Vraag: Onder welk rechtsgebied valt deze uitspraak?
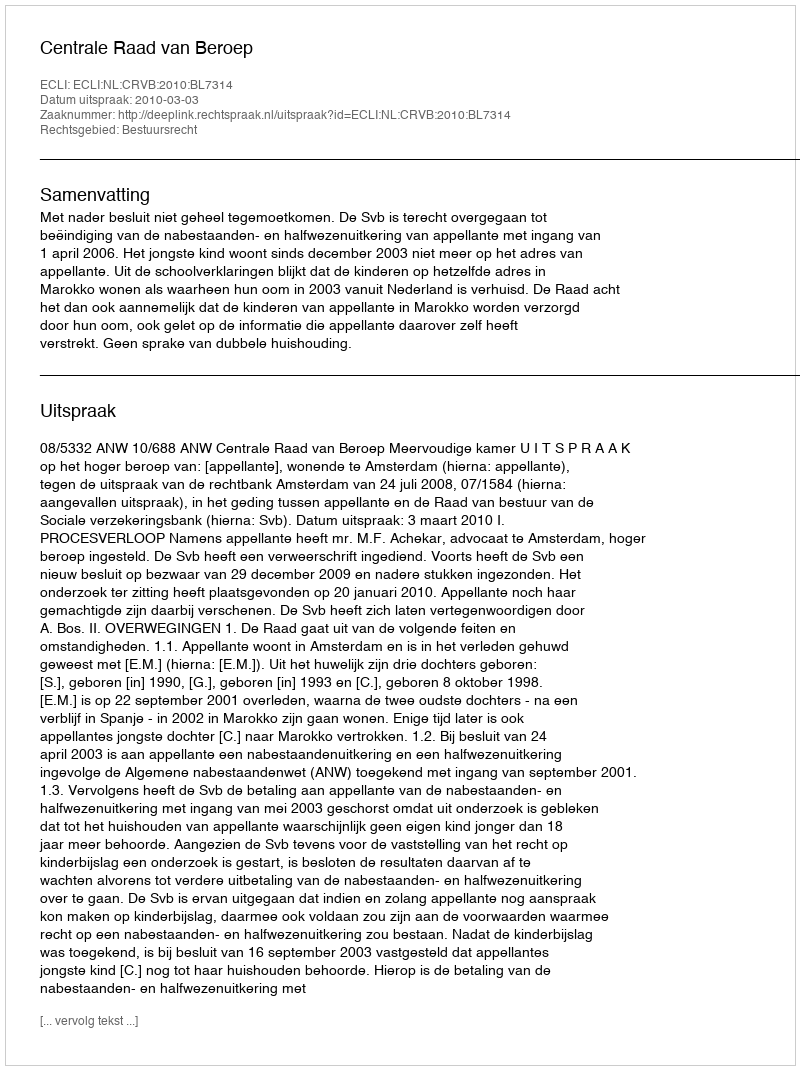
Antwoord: Bestuursrecht